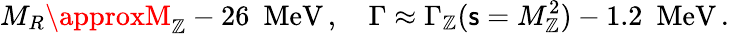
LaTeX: M_{R}\approxM_{\mathbb{Z}}-26\, \, \, \mathrm{{MeV}}\, ,\quad\Gamma\approx\Gamma_{\mathbb{Z}}({\mathsf{{s}}}=M_{\mathbb{Z}}^{2})-1.2\, \, \, \mathrm{{MeV}}\, .